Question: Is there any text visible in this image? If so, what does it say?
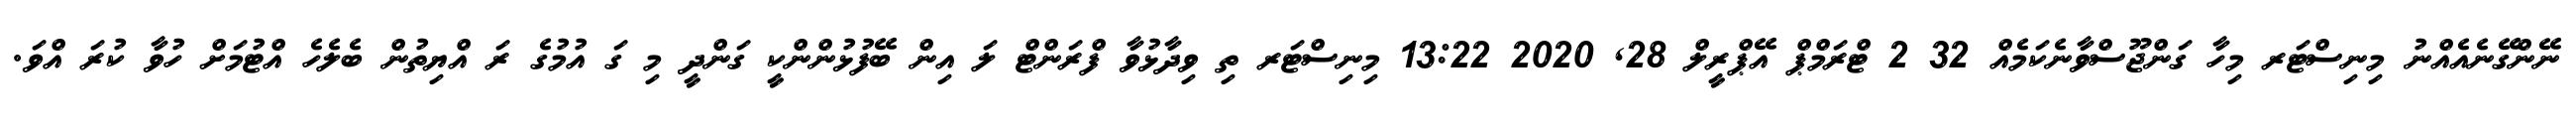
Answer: ނޭންގޭނެއެއްނު މިނިސްޓަރ މިހާ ގަންޖޫސްވާނެކަމެއް 32 2 ޓްރަމްޕް އޭޕްރީލް 28, 2020 13:22 މިނިސްޓަރ ތި ވިދާޅުވާ ފްރަންޓް ލަ އިން ބޭފުޅުންންކީ ގަންދީ މި ގަ އުމުގެ ރަ އްޔިތުން ބެލެހެ އްޓުމަށް ހުވާ ކުރަ އްވަ.